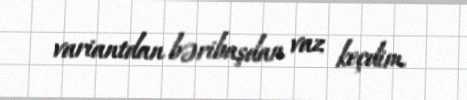
variantdan bəribaşdan vaz keçdim.